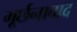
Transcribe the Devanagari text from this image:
मूर्छनावाद